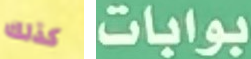
كذلك بوابات